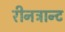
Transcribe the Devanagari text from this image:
रीनट्रान्ट